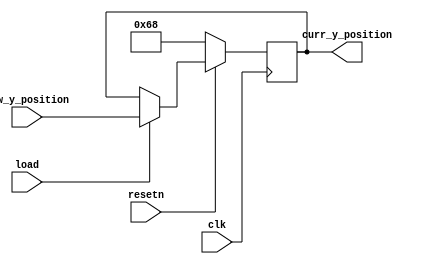
module y_register(
    input clk,                      // 50MHz clock signal
    input resetn,                   // synchronized reset
    input load,                     // parallel load
    input [6:0] new_y_position,     // new_y_position being loaded
    
    output reg [6:0] curr_y_position
    );

    // local variables
    localparam Y_INIT     = 7'b1101000,  // initial y position, at the bottom
               UNIT_BLOCK = 5'b10000;    // width of block
    
    // register logic
    always @(posedge clk) begin
        if (!resetn)
            curr_y_position <= Y_INIT;
        else if (load)
            curr_y_position <= new_y_position;
        else
            curr_y_position <= curr_y_position;
    end
    
endmodule // y_register